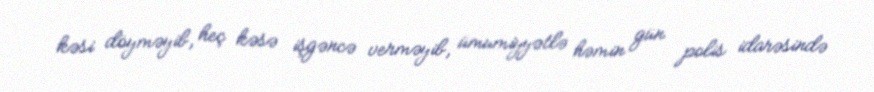
kəsi döyməyib, heç kəsə işgəncə verməyib, ümumiyyətlə həmin gün polis idarəsində